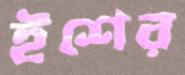
ইশের